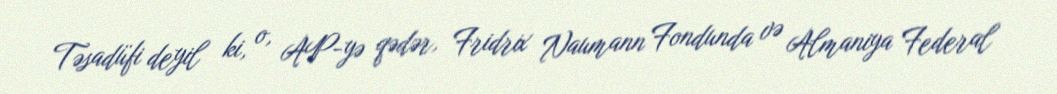
Təsadüfi deyil ki, o, AP-yə qədər, Fridrix Naumann Fondunda və Almaniya Federal